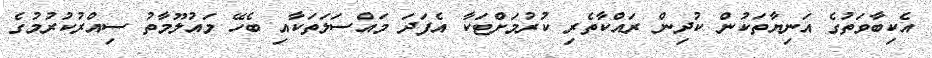
އެކިބާވަތުގެ އަނިޔާތަކުން ކުދިން ރައްކާތެރި ކުރުމަށްޓަކާ އެފަދަ މައްސަލަތަކާއި ބެހޭ މައުލޫމާތު ސިއްރުކުރުމުގެ